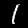
Label: 1